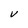
Character: V